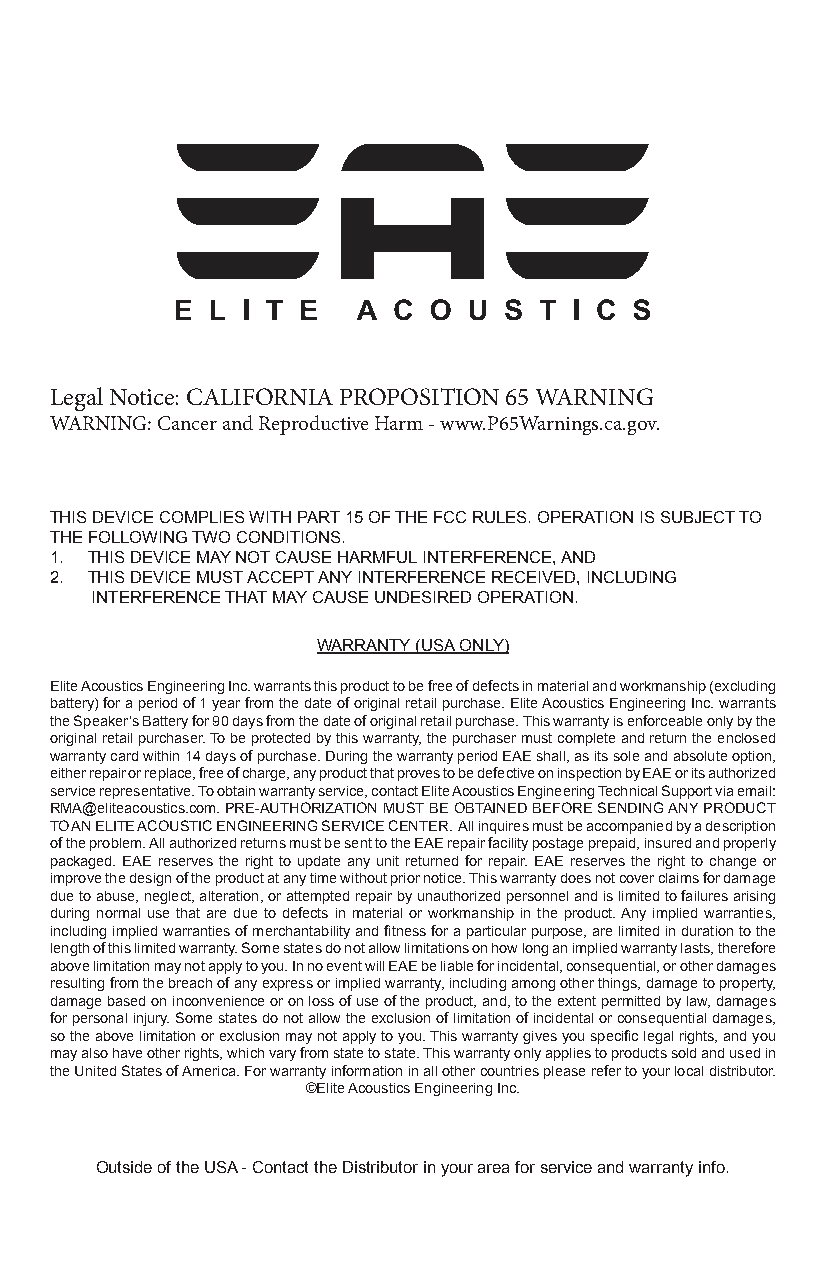
Legal Notice: CALIFORNIA PROPOSITION 65 WARNING
 WARNING: Cancer and Reproductive Harm - www.P65Warnings.ca.gov.
 THIS DEVICE COMPLIES WITH PART 15 OF THE FCC RULES. OPERATION IS SUBJECT TO
 THE FOLLOWING TWO CONDITIONS.
 1. THIS DEVICE MAY NOT CAUSE HARMFUL INTERFERENCE, AND
 2. THIS DEVICE MUST ACCEPT ANY INTERFERENCE RECEIVED, INCLUDING
 INTERFERENCE THAT MAY CAUSE UNDESIRED OPERATION.
 WARRANTY (USA ONLY)
 Elite Acoustics Engineering Inc. warrants this product to be free of defects in material and workmanship (excluding
 battery) for a period of 1 year from the date of original retail purchase. Elite Acoustics Engineering Inc. warrants
 the Speaker’s Battery for 90 days from the date of original retail purchase. This warranty is enforceable only by the
 original retail purchaser. To be protected by this warranty, the purchaser must complete and return the enclosed
 warranty card within 14 days of purchase. During the warranty period EAE shall, as its sole and absolute option,
 either repair or replace, free of charge, any product that proves to be defective on inspection by EAE or its authorized
 service representative. To obtain warranty service, contact Elite Acoustics Engineering Technical Support via email:
 RMA@eliteacoustics.com. PRE-AUTHORIZATION MUST BE OBTAINED BEFORE SENDING ANY PRODUCT
 TO AN ELITE ACOUSTIC ENGINEERING SERVICE CENTER. All inquires must be accompanied by a description
 of the problem. All authorized returns must be sent to the EAE repair facility postage prepaid, insured and properly
 packaged. EAE reserves the right to update any unit returned for repair. EAE reserves the right to change or
 improve the design of the product at any time without prior notice. This warranty does not cover claims for damage
 due to abuse, neglect, alteration, or attempted repair by unauthorized personnel and is limited to failures arising
 during normal use that are due to defects in material or workmanship in the product. Any implied warranties,
 including implied warranties of merchantability and fitness for a particular purpose, are limited in duration to the
 length of this limited warranty. Some states do not allow limitations on how long an implied warranty lasts, therefore
 above limitation may not apply to you. In no event will EAE be liable for incidental, consequential, or other damages
 resulting from the breach of any express or implied warranty, including among other things, damage to property,
 damage based on inconvenience or on loss of use of the product, and, to the extent permitted by law, damages
 for personal injury. Some states do not allow the exclusion of limitation of incidental or consequential damages,
 so the above limitation or exclusion may not apply to you. This warranty gives you specific legal rights, and you
 may also have other rights, which vary from state to state. This warranty only applies to products sold and used in
 the United States of America. For warranty information in all other countries please refer to your local distributor.
 ©Elite Acoustics Engineering Inc.
 Outside of the USA - Contact the Distributor in your area for service and warranty info.